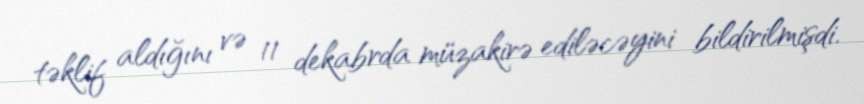
təklif aldığını və 11 dekabrda müzakirə ediləcəyini bildirilmişdi.